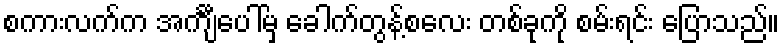
စကားလက်က အင်္ကျီပေါ်မှ ခေါက်တွန့်စလေး တစ်ခုကို စမ်းရင်း ပြောသည်။